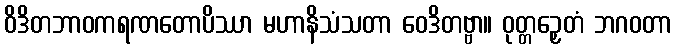
ဝိဒိတဘာဝကရဏတောပိဿာ မဟာနိသံသတာ ဝေဒိတဗ္ဗာ။ ဝုတ္တဉှေတံ ဘဂဝတာ